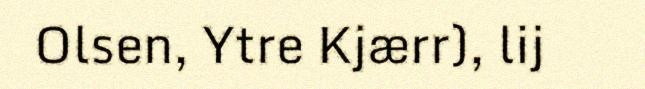
Olsen, Ytre Kjærr), lij